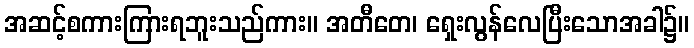
အဆင့်စကားကြားရဘူးသည်ကား။ အတီတေ၊ ရှေးလွန်လေပြီးသောအခါ၌။